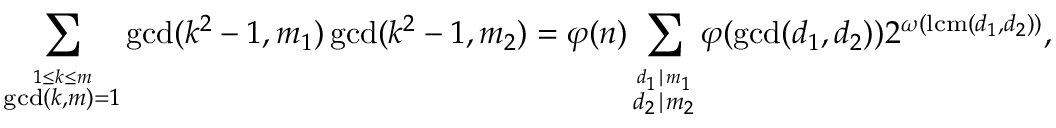
\sum _ { \stackrel { 1 \leq k \leq m } { \operatorname* { g c d } ( k , m ) = 1 } } \operatorname* { g c d } ( k ^ { 2 } - 1 , m _ { 1 } ) \operatorname* { g c d } ( k ^ { 2 } - 1 , m _ { 2 } ) = \varphi ( n ) \sum _ { \stackrel { d _ { 1 } \mid m _ { 1 } } { d _ { 2 } \mid m _ { 2 } } } \varphi ( \operatorname* { g c d } ( d _ { 1 } , d _ { 2 } ) ) 2 ^ { \omega ( \operatorname { l c m } ( d _ { 1 } , d _ { 2 } ) ) } ,